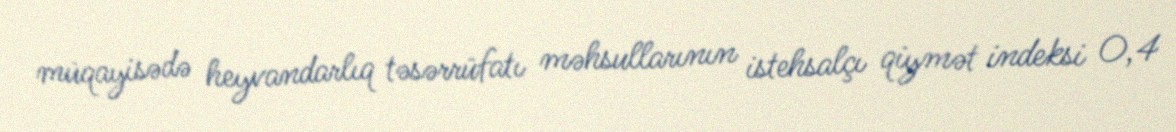
müqayisədə heyvandarlıq təsərrüfatı məhsullarının istehsalçı qiymət indeksi 0,4